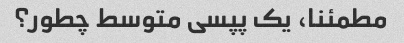
مطمئنا، یک پپسی متوسط ​​چطور؟